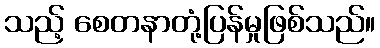
သည့် စေတနာတုံ့ပြန်မှုဖြစ်သည်။